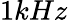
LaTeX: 1kHz